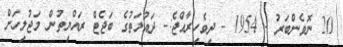
20 ނޮވެންބަރު - 1954 - ދިވެހިރާއްޖެ:- ދައުލަތުގެ ބަޖެޓް ރައްޔިތުން މަޖުލިހަށް